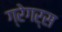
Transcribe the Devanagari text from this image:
ग्रेगर्स